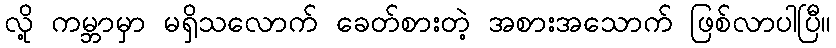
လို့ ကမ္ဘာမှာ မရှိသလောက် ခေတ်စားတဲ့ အစားအသောက် ဖြစ်လာပါပြီ။